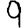
Digit: 9